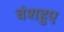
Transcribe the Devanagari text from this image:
वंशहुए